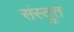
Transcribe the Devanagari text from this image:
संस्‍तुत